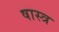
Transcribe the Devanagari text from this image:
षास्त्र